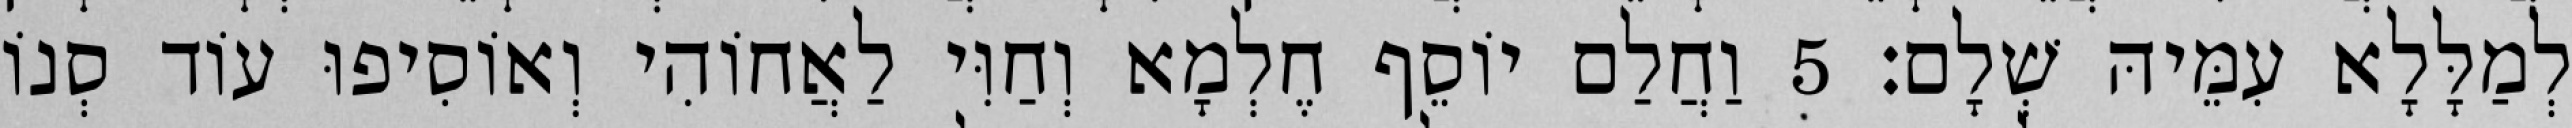
לְמַלָּלָא עִמֵּיהּ שְׁלָם׃ 5 וַחֲלַם יוֹסֵף חֶלְמָא וְחַוִּי לַאֲחוֹהִי וְאוֹסִיפוּ עוֹד סְנוֹ